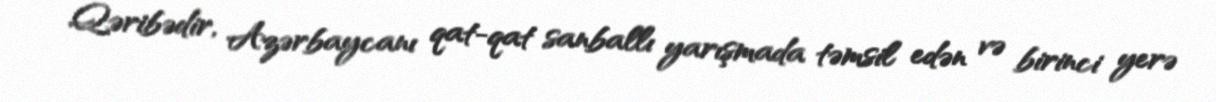
Qəribədir, Azərbaycanı qat-qat sanballı yarışmada təmsil edən və birinci yerə